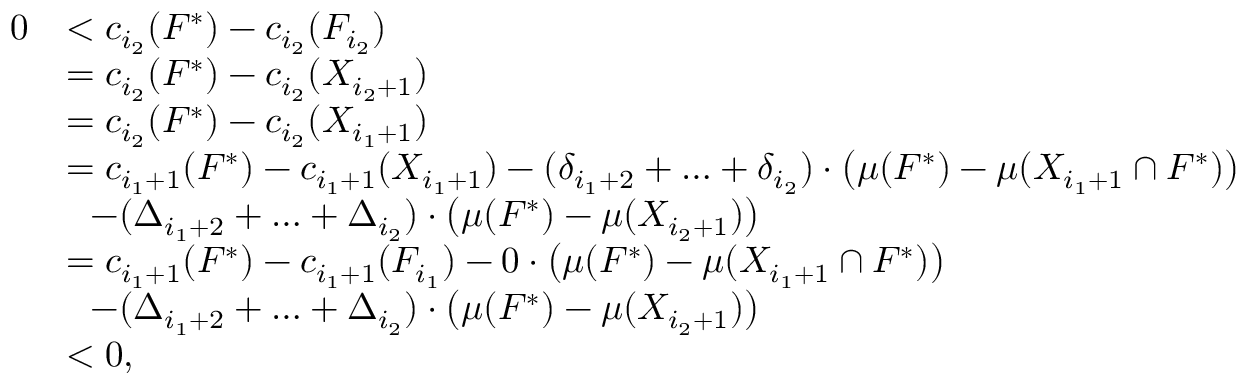
\begin{array} { r l } { 0 } & { < c _ { i _ { 2 } } ( F ^ { * } ) - c _ { i _ { 2 } } ( F _ { i _ { 2 } } ) } \\ { } & { = c _ { i _ { 2 } } ( F ^ { * } ) - c _ { i _ { 2 } } ( X _ { i _ { 2 } + 1 } ) } \\ { } & { = c _ { i _ { 2 } } ( F ^ { * } ) - c _ { i _ { 2 } } ( X _ { i _ { 1 } + 1 } ) } \\ { } & { = c _ { i _ { 1 } + 1 } ( F ^ { * } ) - c _ { i _ { 1 } + 1 } ( X _ { i _ { 1 } + 1 } ) - ( \delta _ { i _ { 1 } + 2 } + \ldots + \delta _ { i _ { 2 } } ) \cdot \big ( \mu ( F ^ { * } ) - \mu ( X _ { i _ { 1 } + 1 } \cap F ^ { * } ) \big ) } \\ { } & { ~ ~ - ( \Delta _ { i _ { 1 } + 2 } + \ldots + \Delta _ { i _ { 2 } } ) \cdot \big ( \mu ( F ^ { * } ) - \mu ( X _ { i _ { 2 } + 1 } ) \big ) } \\ { } & { = c _ { i _ { 1 } + 1 } ( F ^ { * } ) - c _ { i _ { 1 } + 1 } ( F _ { i _ { 1 } } ) - 0 \cdot \big ( \mu ( F ^ { * } ) - \mu ( X _ { i _ { 1 } + 1 } \cap F ^ { * } ) \big ) } \\ { } & { ~ ~ - ( \Delta _ { i _ { 1 } + 2 } + \ldots + \Delta _ { i _ { 2 } } ) \cdot \big ( \mu ( F ^ { * } ) - \mu ( X _ { i _ { 2 } + 1 } ) \big ) } \\ { } & { < 0 , } \end{array}